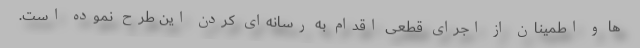
ها و اطمینان از اجرای قطعی اقدام به رسانه‌ای کردن این طرح نموده است.